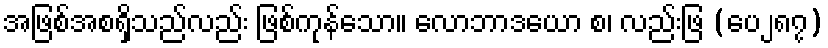
အဖြစ်အစရှိသည်လည်း ဖြစ်ကုန်သော။ လောဘာဒယော စ၊ လည်းဖြ (ပေ၂၈၇)